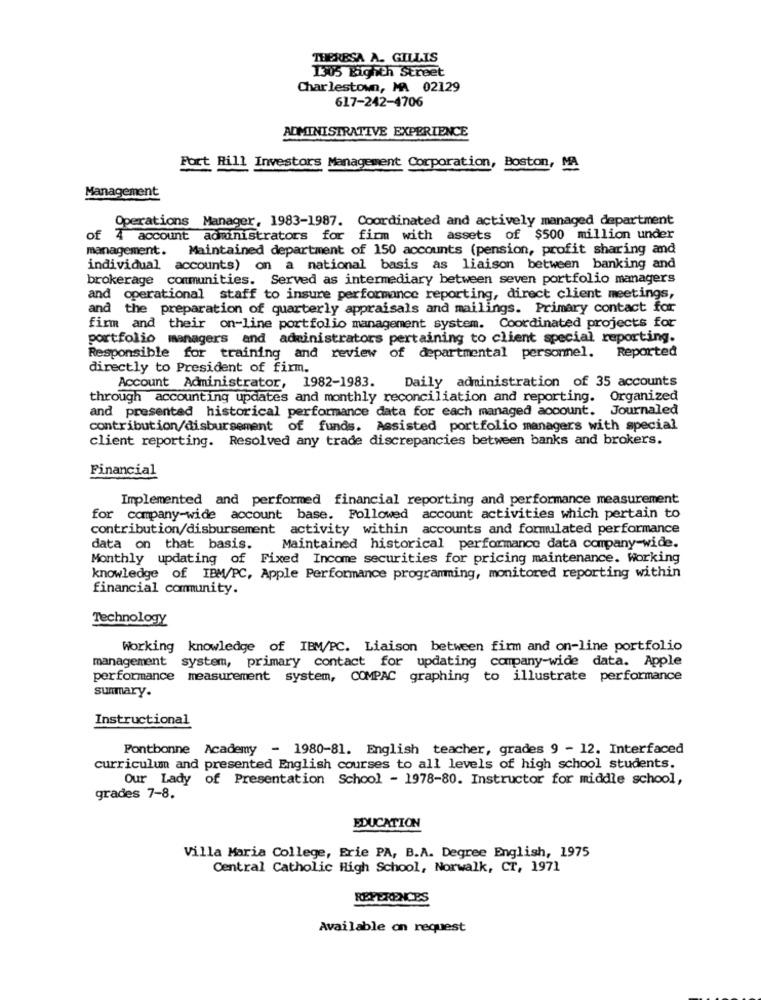
THERESA A. GILLIS
1305 Biglith Street
Charlestown, MA 02129
617-242-4706
ADMINISTRATIVE EXPERIENCE
Fort Hill Investors Management Corporation, Boston, MA
Management
Operations Manager, 1983-1987. Coordinated and actively managed department
of 4 account administrators for firm with assets of $500 million under
management. Maintained department of 150 accounts (pension, profit sharing and
individual accounts) on a national basis as liaison between banking and
brokerage communities. Served as intermediary between seven portfolio managers
and operational staff to insure performance reporting, direct client meetings,
and the preparation of quarterly appraisals and mailings. Primary contact for
firm and their on-line portfolio management system. Coordinated projects for
portfolio managers and administrators pertaining to client special reporting.
Responsible for training and review of departmental personel. Reported
directly to President of firm.
Daily administration of 35 accounts
Account Administrator, 1982-1983.
through accounting updates and monthly reconciliation and reporting. Organized
and presentad historical performance data for each managed account. Journaled
contribution/disbursement of funds. Assisted portfolio managers with special
client reporting. Resolved any trade discrepancies between banks and brokers.
Financial
Implemented and performed financial reporting and performance measurement
for company-wide account base. Followed account activities which pertain to
contribution/disbursement activity within accounts and formulated performance
data on that basis. Maintained historical performance data company-wide.
Monthly updating of Fixed Income securities for pricing maintenance. Working
knowledge of IBM/PC, Apple Performance programming, monitored reporting within
financial community.
Technology
Working knowledge of IBM/PC. Liaison between firm and on-line portfolio
management system, primary contact for updating company-wide data. Apple
performance measurement system, COMPAC graphing to illustrate performance
summary.
Instructional
Pontbonne Academy - 1980-81. English teacher, grades 9 - 12. Interfaced
curriculum and presented English courses to all levels of high school students.
Our Lady of Presentation School - 1978-80. Instructor for middle school,
grades 7-8.
EDUCATION
Villa Maria College, Erie PA, B.A. Degree English, 1975
Central Catholic High School, Norwalk, CT, 1971
REFERENCES
Available on request